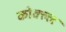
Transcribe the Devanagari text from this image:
कोक्ल्ल